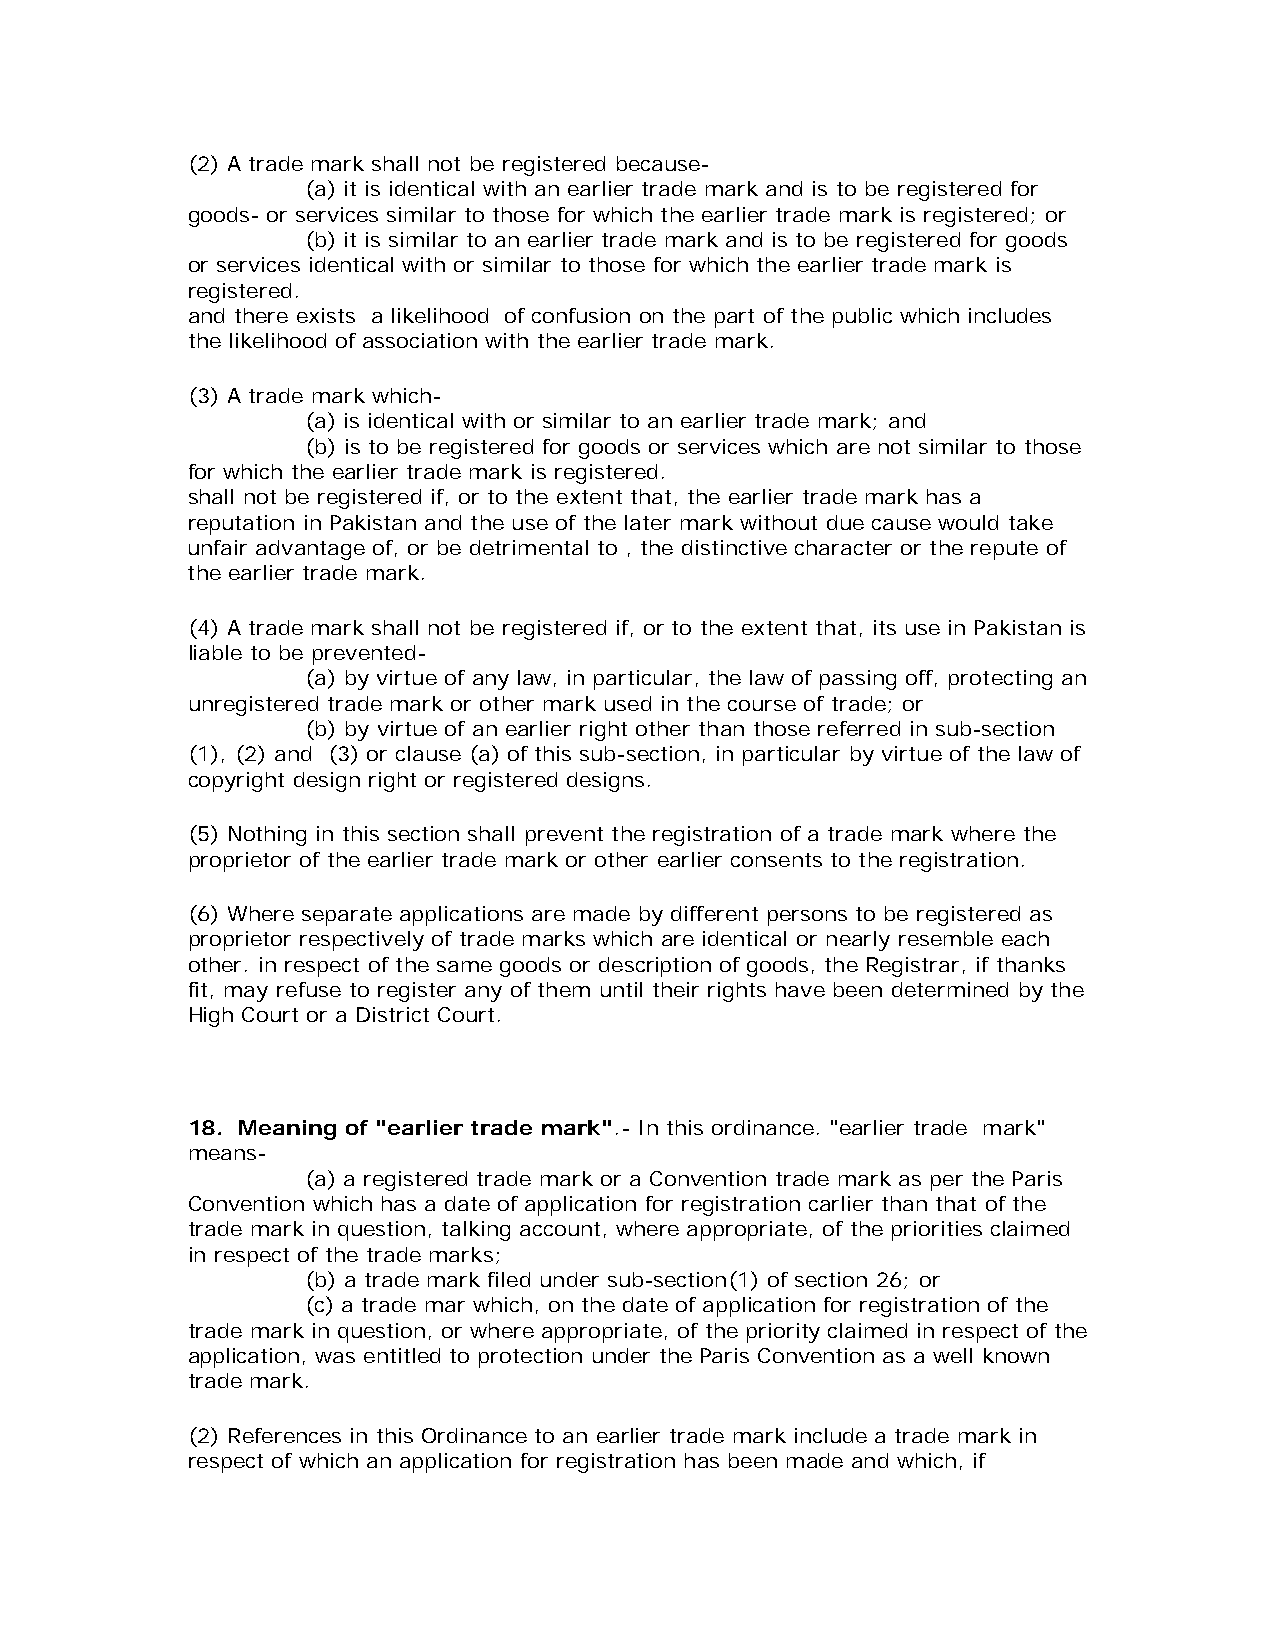
(2) A trade mark shall not be registered because-
 (a) it is identical with an earlier trade mark and is to be registered for
 goods- or services similar to those for which the earlier trade mark is registered; or
 (b) it is similar to an earlier trade mark and is to be registered for goods
 or services identical with or similar to those for which the earlier trade mark is
 registered.
 and there exists a likelihood of confusion on the part of the public which includes
 the likelihood of association with the earlier trade mark.
 (3) A trade mark which-
 (a) is identical with or similar to an earlier trade mark; and
 (b) is to be registered for goods or services which are not similar to those
 for which the earlier trade mark is registered.
 shall not be registered if, or to the extent that, the earlier trade mark has a
 reputation in Pakistan and the use of the later mark without due cause would take
 unfair advantage of, or be detrimental to , the distinctive character or the repute of
 the earlier trade mark.
 (4) A trade mark shall not be registered if, or to the extent that, its use in Pakistan is
 liable to be prevented-
 (a) by virtue of any law, in particular, the law of passing off, protecting an
 unregistered trade mark or other mark used in the course of trade; or
 (b) by virtue of an earlier right other than those referred in sub-section
 (1), (2) and (3) or clause (a) of this sub-section, in particular by virtue of the law of
 copyright design right or registered designs.
 (5) Nothing in this section shall prevent the registration of a trade mark where the
 proprietor of the earlier trade mark or other earlier consents to the registration.
 (6) Where separate applications are made by different persons to be registered as
 proprietor respectively of trade marks which are identical or nearly resemble each
 other. in respect of the same goods or description of goods, the Registrar, if thanks
 fit, may refuse to register any of them until their rights have been determined by the
 High Court or a District Court.
 18. Meaning of "earlier trade mark".- In this ordinance. "earlier trade mark"
 means-
 (a) a registered trade mark or a Convention trade mark as per the Paris
 Convention which has a date of application for registration carlier than that of the
 trade mark in question, talking account, where appropriate, of the priorities claimed
 in respect of the trade marks;
 (b) a trade mark filed under sub-section(1) of section 26; or
 (c) a trade mar which, on the date of application for registration of the
 trade mark in question, or where appropriate, of the priority claimed in respect of the
 application, was entitled to protection under the Paris Convention as a well known
 trade mark.
 (2) References in this Ordinance to an earlier trade mark include a trade mark in
 respect of which an application for registration has been made and which, if